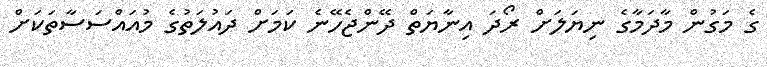
ގެ މަގުން މާދަމާގެ ނިޔަލަށް ރޯދަ އިނާޔަތް ދޭންޖެހޭނެ ކަމަށް ދައުލަތުގެ މުއައްސަސާތަކަށް